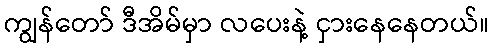
ကျွန်တော် ဒီအိမ်မှာ လပေးနဲ့ ငှားနေနေတယ်။